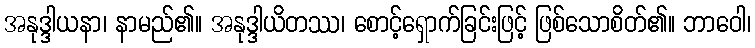
အနုဒ္ဒါယနာ၊ နာမည်၏။ အနုဒ္ဒါယိတဿ၊ စောင့်ရှောက်ခြင်းဖြင့် ဖြစ်သောစိတ်၏။ ဘာဝေါ၊